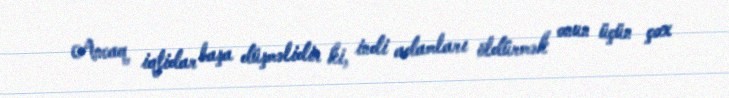
Ancaq iqtidar başa düşməlidir ki, indi adamları öldürmək onun üçün çox